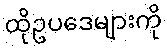
ထိုဥပဒေများကို